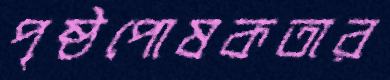
পৃষ্ঠপোষকতার